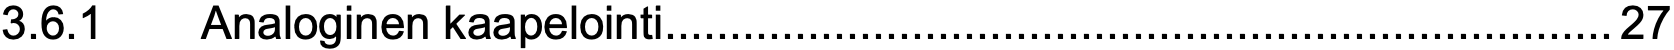
3.6.1  Analoginen kaapelointi.........................................................................27